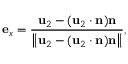
\mathbf { e } _ { x } = \frac { \mathbf { u } _ { 2 } - ( \mathbf { u } _ { 2 } \cdot \mathbf { n } ) \mathbf { n } } { \left\| \mathbf { u } _ { 2 } - ( \mathbf { u } _ { 2 } \cdot \mathbf { n } ) \mathbf { n } \right\| } ,